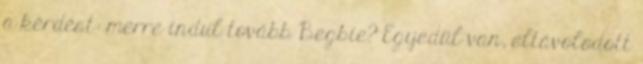
a kérdést: merre indul tovább Begbie? Egyedül van, eltávolodott